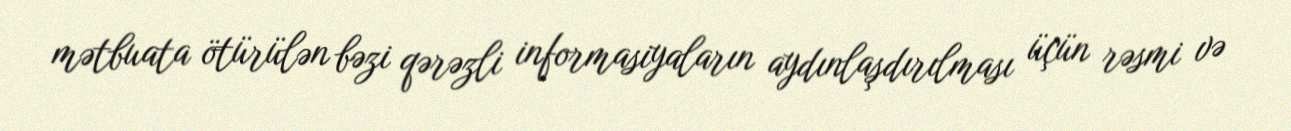
mətbuata ötürülən bəzi qərəzli informasiyaların aydınlaşdırılması üçün rəsmi və